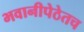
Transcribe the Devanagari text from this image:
भवानीपेठेतच